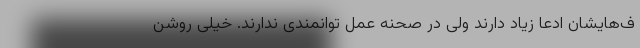
ف‌هایشان ادعا زیاد دارند ولی در صحنه عمل توانمندی ندارند. خیلی روشن